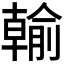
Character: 𪟺